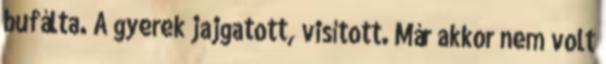
bufálta. A gyerek jajgatott, visított. Már akkor nem volt